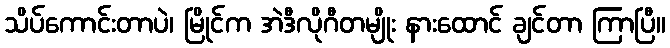
သိပ်ကောင်းတာပဲ၊ မြိုင်က အဲဒီလိုဂီတမျိုး နားထောင် ချင်တာ ကြာပြီ။